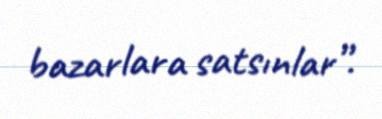
bazarlara satsınlar”.